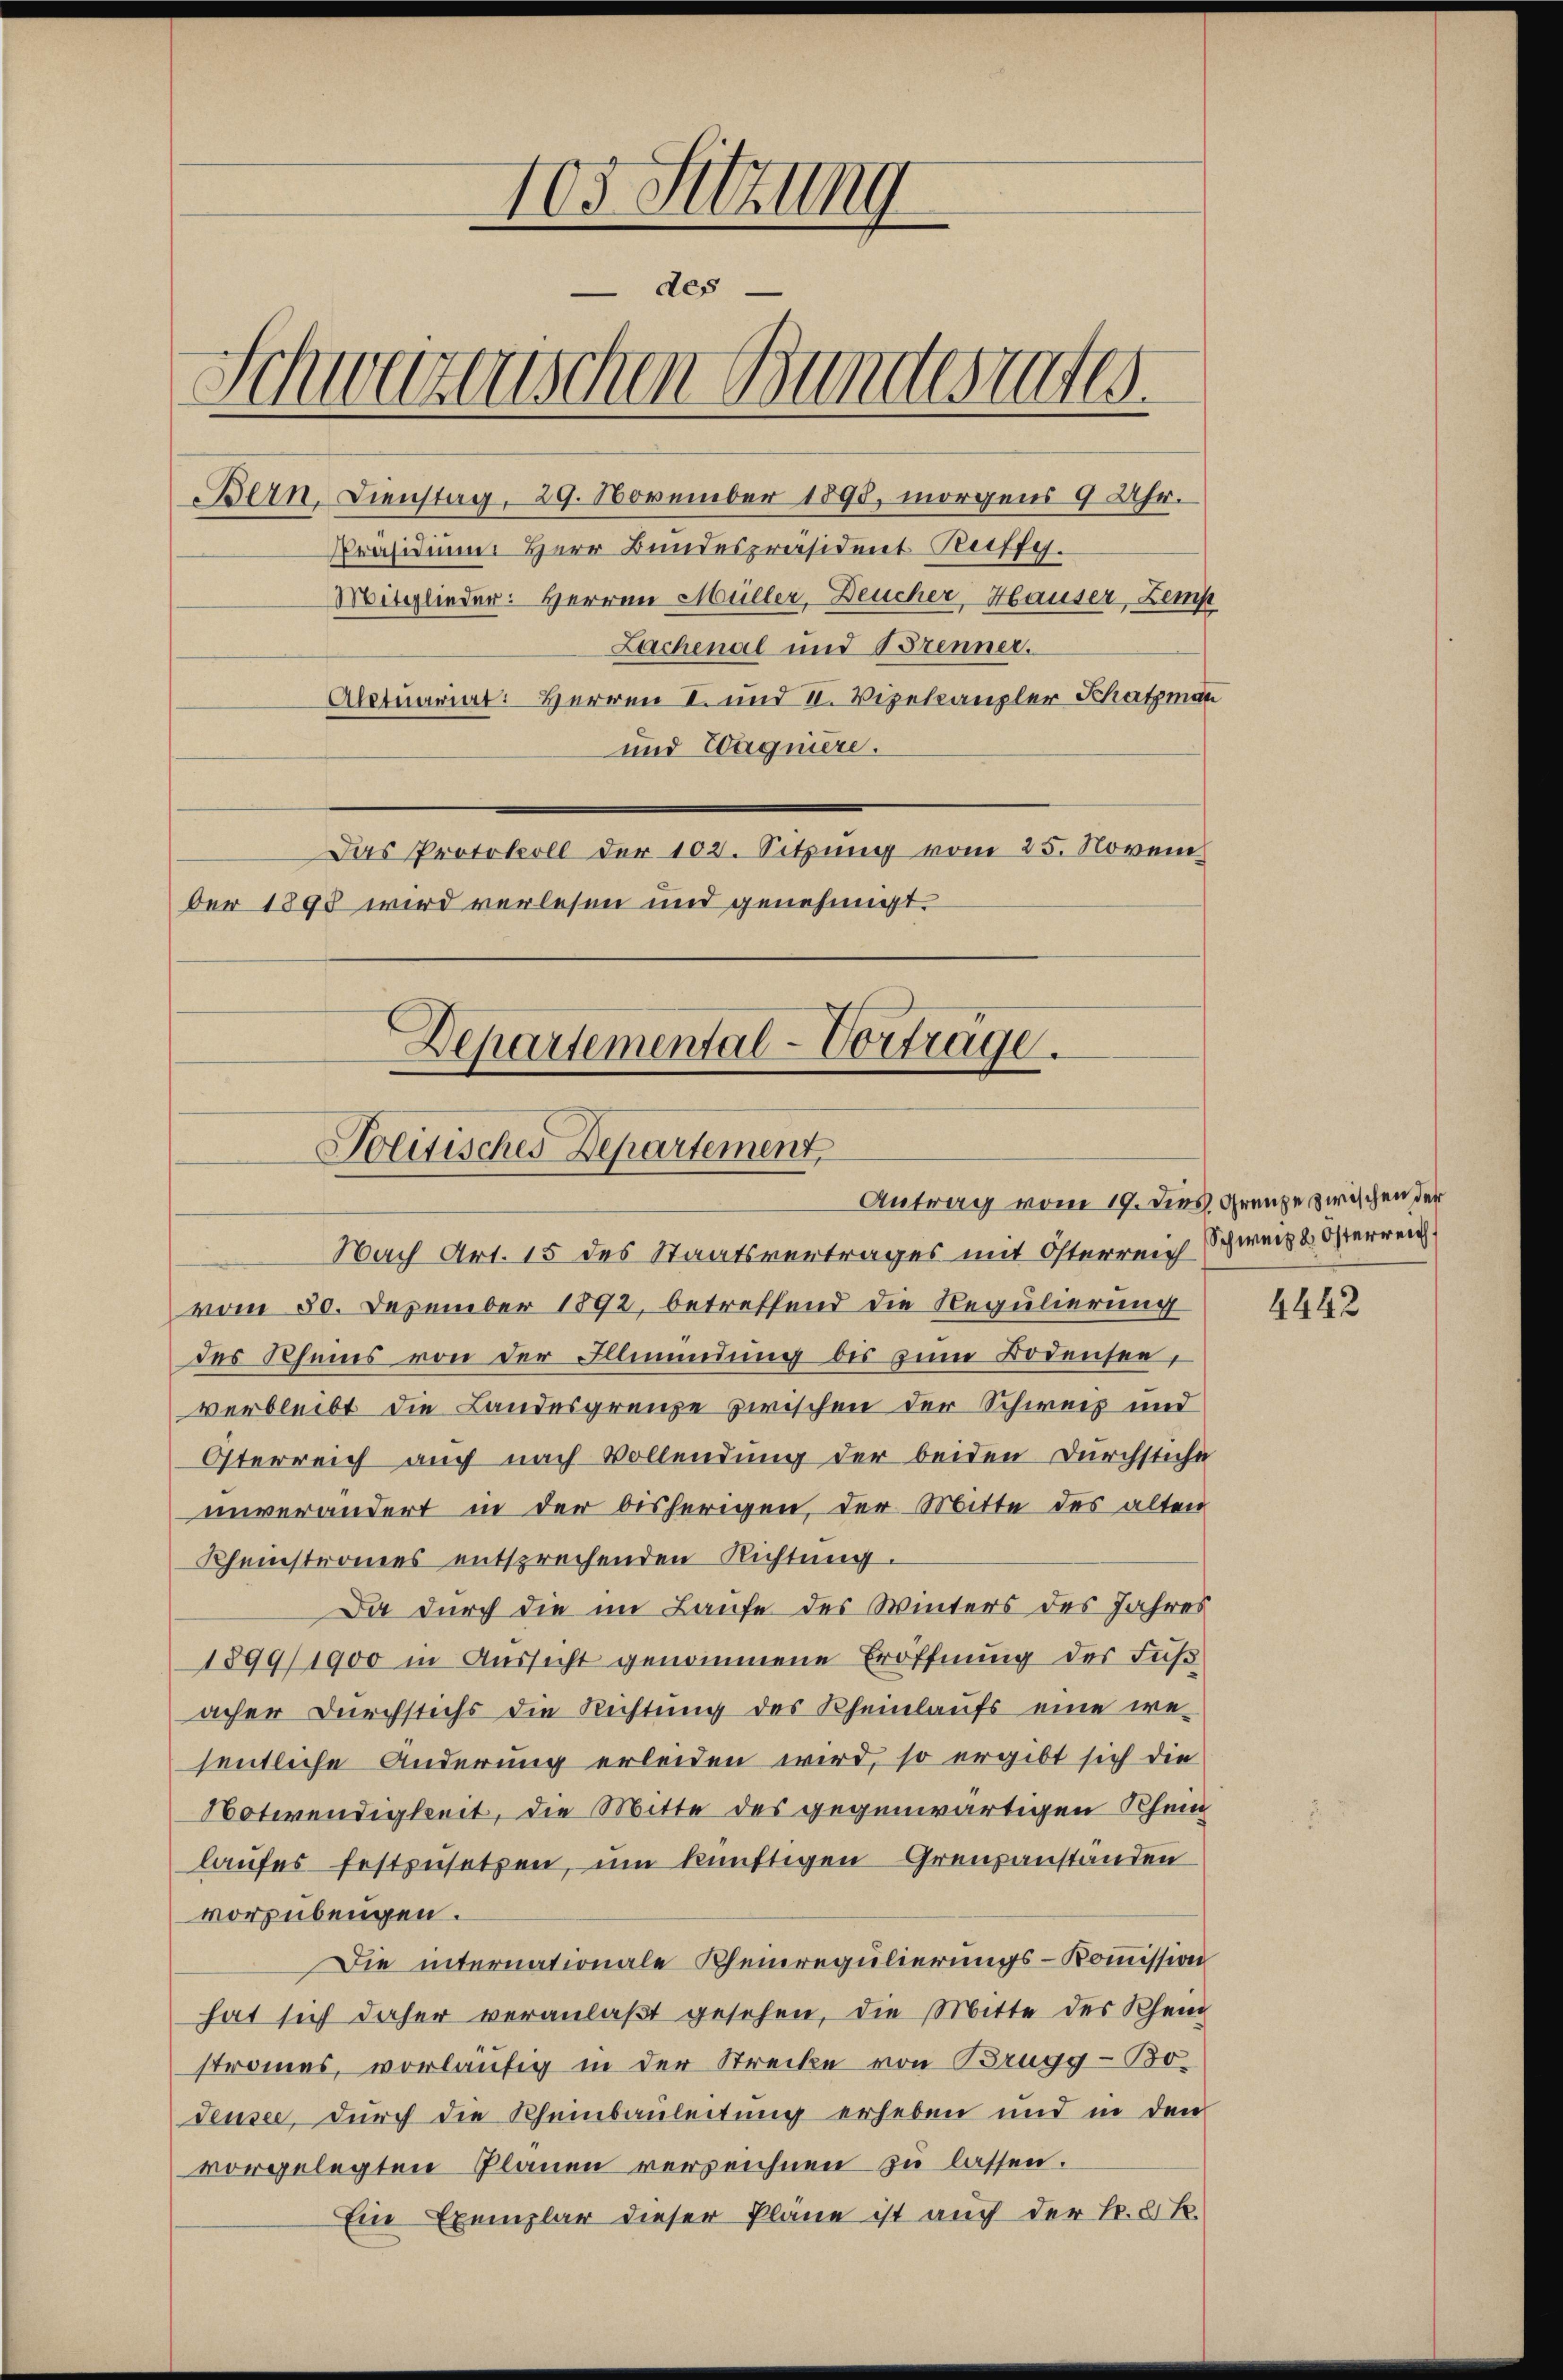
103. Sitzung
des
Schwarzenschen Bundesrates.
Bern, Dienstag, 29. November 1895, morgens 9 Uhr.
Präsidium Herr Bundespräsident Ruffy.
Mitglieder: Herren Müller, Deucher-Hauser, Zemp
Lachenal und Brenner.
Alctuariat: Herren I. und II. Vizekanzler Schatzman
und Wagniere.
Das Protokoll der 102. Sitzung vom 25. Novem
ber 1898 wird verlesen und genehmigt.

Departemental-Vortrage.
Politisches Departement,

Nach Art. 15 des Staatsvertrages mit Österreich Schweiz u. Österreich
vom 30. Dezember 1892, betreffend die Regulierung
des Scheins von der Illmündung bis zum Bodensee,
verbleibt die Landesgrenze zwischen der Schweiz und
Österreich auch nach Vollendung der beiden Durchstiche
unverändert in der bisherigen, der Mitte des alten
Rheinstromes entsprechenden Richtung.
Da durch die im Laufe des Winters des Jahres
1899/1900 in Aussicht genommene Eröffnung der Fuß
acher Durchstichs die Richtung des Rheinlaufs eine wesentliche Änderung erleiden wird, so ergibt sich die
Notwendigkeit, die Mitte des gegenwärtigen Khein
laufes festzusetzen, um künftigen Grenzanstanden
vorsübungen.
Die internationale Rheinregulierungs-Kommission
hat sich daher veranlaßt gesehen, die Mitte des Rhein
stromes, vorläufig in der Strecke von Brugg - Bo¬
Seusee, durch die Rheinbauleitung erheben und in den
vorgelegten Planen verzeichnen zu lassen.
Ein Exemplar dieser Pläne ist auch der k. k. k.

Antrag vom 19. Dies. Grenze zwischen der

4442